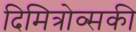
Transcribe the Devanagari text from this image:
दिमित्रोव्सकी